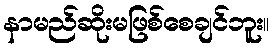
နာမည်ဆိုးမဖြစ်စေချင်ဘူး။